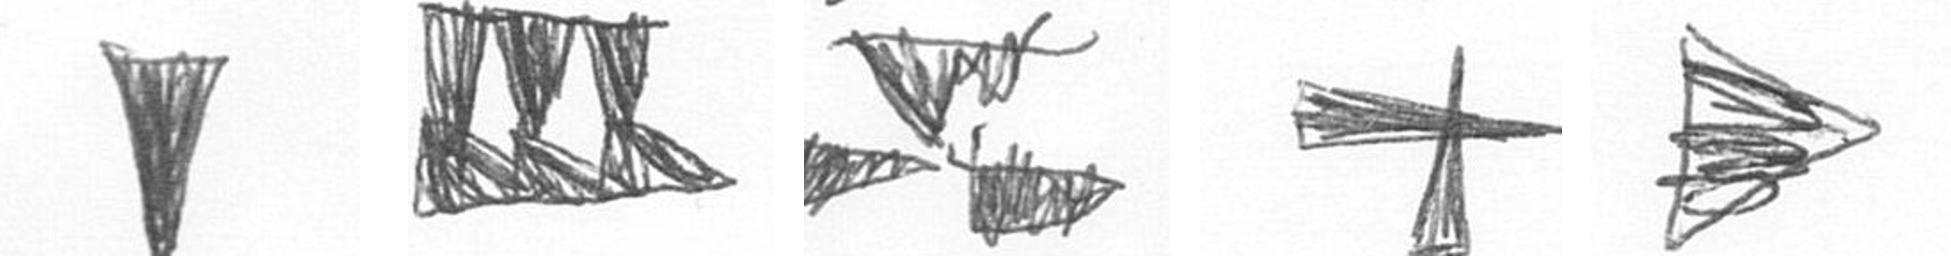
J D B G T